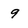
Character: 9